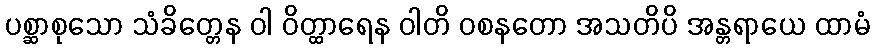
ပစ္ဆာစုသော သံခိတ္တေန ဝါ ဝိတ္ထာရေန ဝါတိ ဝစနတော အသတိပိ အန္တရာယေ ထာမံ